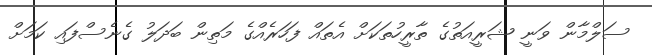
ސަލްމާން ވަނީ ޝަރީއަތުގެ ތާރީހުތަކަށް އެތައް ފަހަރެއްގެ މަތިން ބަދަލު ގެނެސްފައި ކަމަށް